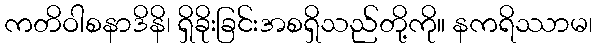
ကတိဝါစနာဒိနိ၊ ရှိခိုးခြင်းအစရှိသည်တို့ကို။ နကရိဿာမ၊